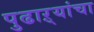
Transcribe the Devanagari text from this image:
पुढाऱ्यांचा